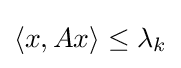
{\textstyle \langle x,Ax\rangle \leq \lambda _{k}}